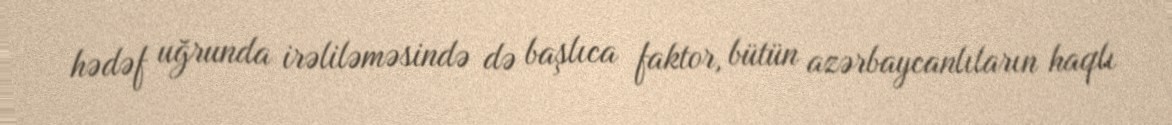
hədəf uğrunda irəliləməsində də başlıca faktor, bütün azərbaycanlıların haqlı